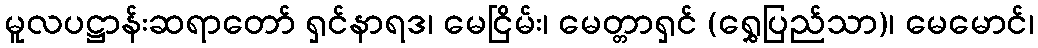
မူလပဋ္ဌာန်းဆရာတော် ရှင်နာရဒ၊ မေငြိမ်း၊ မေတ္တာရှင် (ရွှေပြည်သာ)၊ မေမောင်၊